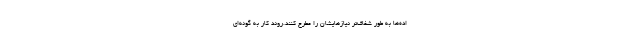
اده‌ها به طور شفاف‌تر نیازهایشان را مطرح کنند.روند کار به گونه‌ای